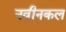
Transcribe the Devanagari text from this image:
नवीनकल